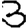
Digit: 3